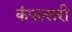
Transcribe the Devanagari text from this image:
कंपल्सरी